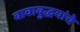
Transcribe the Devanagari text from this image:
बावाबुद्धयांचे